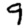
Digit: 9